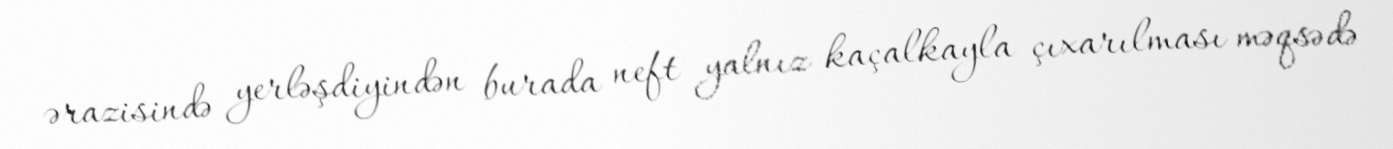
ərazisində yerləşdiyindən burada neft yalnız kaçalkayla çıxarılması məqsədə